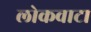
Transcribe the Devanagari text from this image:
लोकवाटा